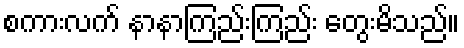
စကားလက် နာနာကြည်းကြည်း တွေးမိသည်။